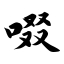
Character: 啜